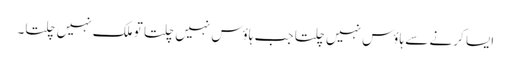
ایسا کرنے سے ہاؤس نہیں چلتا جب ہاؤس نہیں چلتا تو ملک نہیں چلتا۔